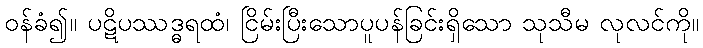
ဝန်ခံ၍။ ပဋိပဿဒ္ဓရထံ၊ ငြိမ်းပြီးသောပူပန်ခြင်းရှိသော သုသီမ လုလင်ကို။